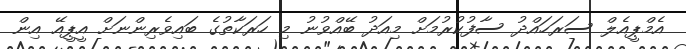
އެމްޕީއެލް ސަރަހައްދު ސާފުކުުރުމަށް މިއަދު ބޭއްވުނު މި ހަރަކާތުގެ ބައިވެރިންނަށް އީޕީއޭ އިން